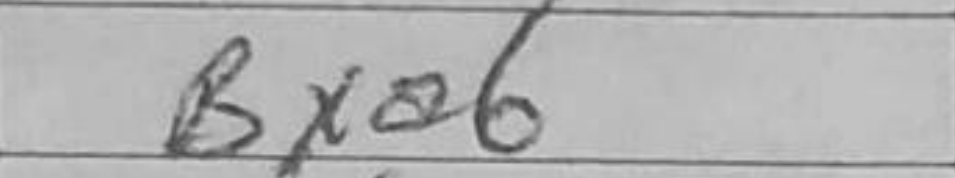
Transcription: Bxa6